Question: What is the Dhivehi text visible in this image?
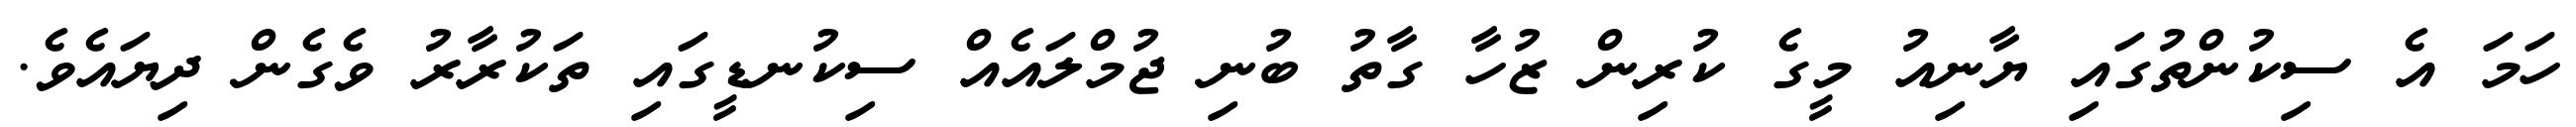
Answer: ހަމަ އެ ސިކުންތުގައި ޔާނިއު މީގެ ކުރިން ޒުހާ ގާތު ބުނި ޖުމްލައެއް ސިކުނޑީގައި ތަކުރާރު ވެގެން ދިޔައެވެ.